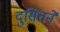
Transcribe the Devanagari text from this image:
दुसितने